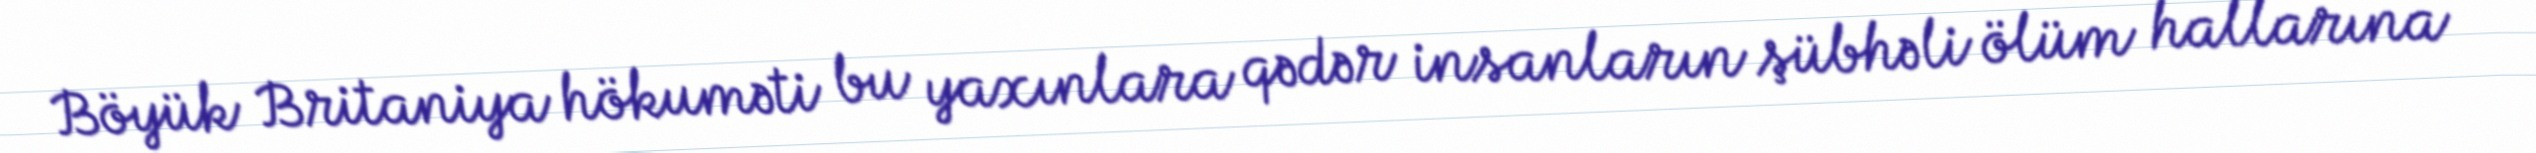
Böyük Britaniya hökuməti bu yaxınlara qədər insanların şübhəli ölüm hallarına